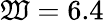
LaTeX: \mathfrak{W}=6.4